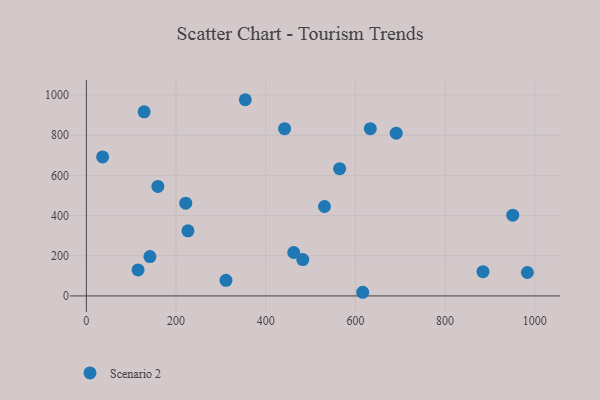
{"axis": {"x": "Engine Size", "y": "Sales"}, "legend": ["Scenario 2"], "data": [{"x": "633.3", "y": 832.4, "type": "Scenario 2"}, {"x": "311.4", "y": 77.8, "type": "Scenario 2"}, {"x": "482.7", "y": 180.8, "type": "Scenario 2"}, {"x": "159.5", "y": 545.1, "type": "Scenario 2"}, {"x": "531.1", "y": 445.2, "type": "Scenario 2"}, {"x": "141.8", "y": 196.0, "type": "Scenario 2"}, {"x": "354.5", "y": 976.5, "type": "Scenario 2"}, {"x": "442.1", "y": 832.3, "type": "Scenario 2"}, {"x": "115.3", "y": 129.5, "type": "Scenario 2"}, {"x": "226.6", "y": 323.9, "type": "Scenario 2"}, {"x": "884.6", "y": 120.8, "type": "Scenario 2"}, {"x": "983.6", "y": 116.7, "type": "Scenario 2"}, {"x": "951.0", "y": 401.8, "type": "Scenario 2"}, {"x": "616.3", "y": 18.2, "type": "Scenario 2"}, {"x": "564.9", "y": 633.3, "type": "Scenario 2"}, {"x": "691.1", "y": 810.1, "type": "Scenario 2"}, {"x": "462.5", "y": 216.2, "type": "Scenario 2"}, {"x": "36.3", "y": 691.6, "type": "Scenario 2"}, {"x": "221.7", "y": 461.7, "type": "Scenario 2"}, {"x": "128.9", "y": 916.2, "type": "Scenario 2"}]}